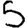
Digit: 5